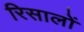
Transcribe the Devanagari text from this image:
रिसालों